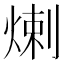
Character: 𤊶